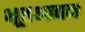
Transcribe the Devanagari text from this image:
भूतभावन